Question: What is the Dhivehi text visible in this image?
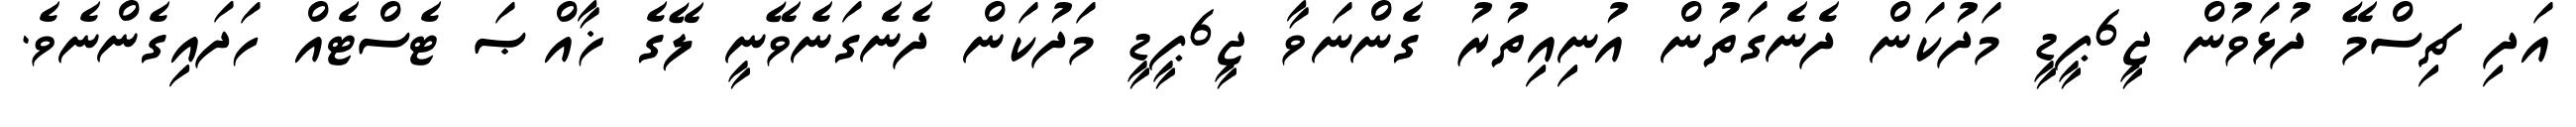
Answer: އަދި ޗިސްމޭ ދުޅަވުން ޖީ6ޕީޑީ މަދުކަން ދެނެގަތުން އުނިއިތުރު ގެންނަވާ ޖީ6ޕީޑީ މަދުކަން ދެނެގަނެވޭނީ ލޭގެ ޚާއްޞަ ޓެސްޓެއް ހަދައިގެންނެވެ.